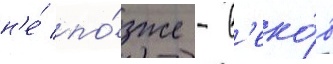
н'е́ по́зже - в'еко́в